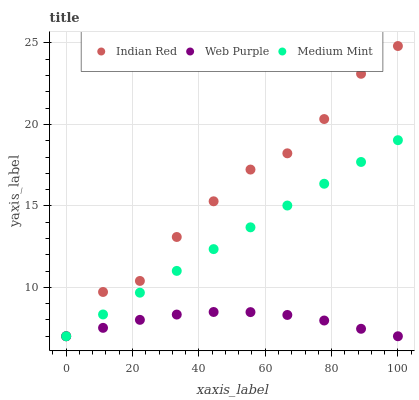
| xaxis_label | Indian Red | Web Purple | Medium Mint |
 | --- | --- | --- | --- |
 | 0 | 7 | 7 | 7 |
 | 11.1 | 9.72 | 7.52 | 8.34 |
 | 22.2 | 10.4 | 8.01 | 9.67 |
 | 33.3 | 13.1 | 8.33 | 11 |
 | 44.4 | 15.3 | 8.49 | 12.3 |
 | 55.6 | 17.2 | 8.48 | 13.7 |
 | 66.7 | 18.2 | 8.31 | 15 |
 | 77.8 | 20.3 | 7.97 | 16.4 |
 | 88.9 | 23.1 | 7.46 | 17.7 |
 | 100 | 24.8 | 7 | 19 |